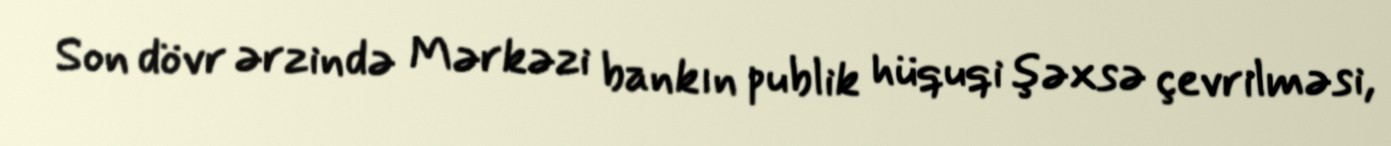
Son dövr ərzində Mərkəzi bankın publik hüquqi şəxsə çevrilməsi,